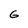
Character: 6